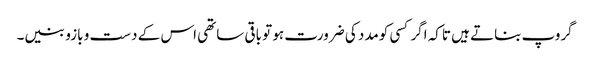
گروپ بناتے ہیں تاکہ اگر کسی کومدد کی ضرورت ہو تو باقی ساتھی اس کے دست و بازو بنیں۔